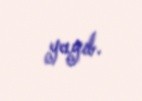
yayıb.